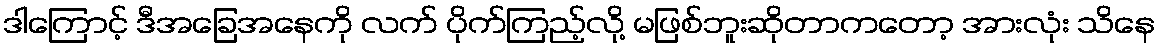
ဒါကြောင့် ဒီအခြေအနေကို လက် ပိုက်ကြည့်လို့ မဖြစ်ဘူးဆိုတာကတော့ အားလုံး သိနေ